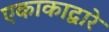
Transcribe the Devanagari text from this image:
एकाकाद्वारे